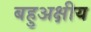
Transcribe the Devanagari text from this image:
बहुअक्षीय